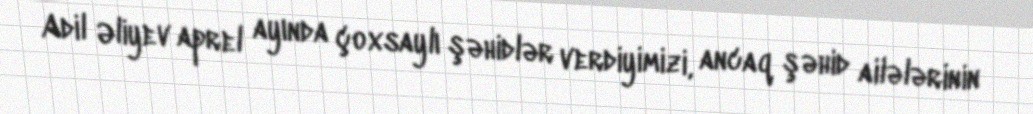
Adil Əliyev aprel ayında çoxsaylı şəhidlər verdiyimizi, ancaq şəhid ailələrinin